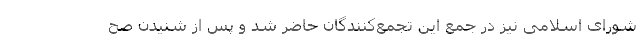
شورای اسلامی نیز در جمع این تجمع‌کنندگان حاضر شد و پس از شنیدن صح